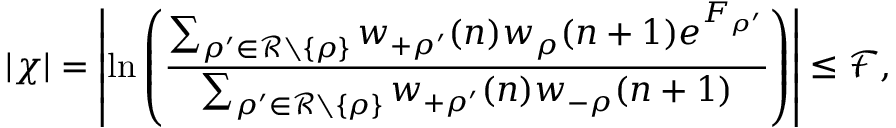
| \chi | = \left| \ln \left( \frac { \sum _ { \rho ^ { \prime } \in \mathcal { R } \setminus \{ \rho \} } w _ { + \rho ^ { \prime } } ( n ) w _ { \rho } ( n + 1 ) e ^ { F _ { \rho ^ { \prime } } } } { \sum _ { \rho ^ { \prime } \in \mathcal { R } \setminus \{ \rho \} } w _ { + \rho ^ { \prime } } ( n ) w _ { - \rho } ( n + 1 ) } \right) \right| \le { \mathcal F } ,